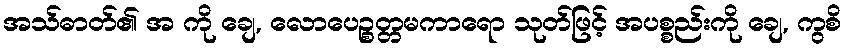
အသ်ဓာတ်၏ အ ကို ချေ, လောပေဉ္စတ္တမကာရော သုတ်ဖြင့် အပစ္စည်းကို ချေ, ကွစိ